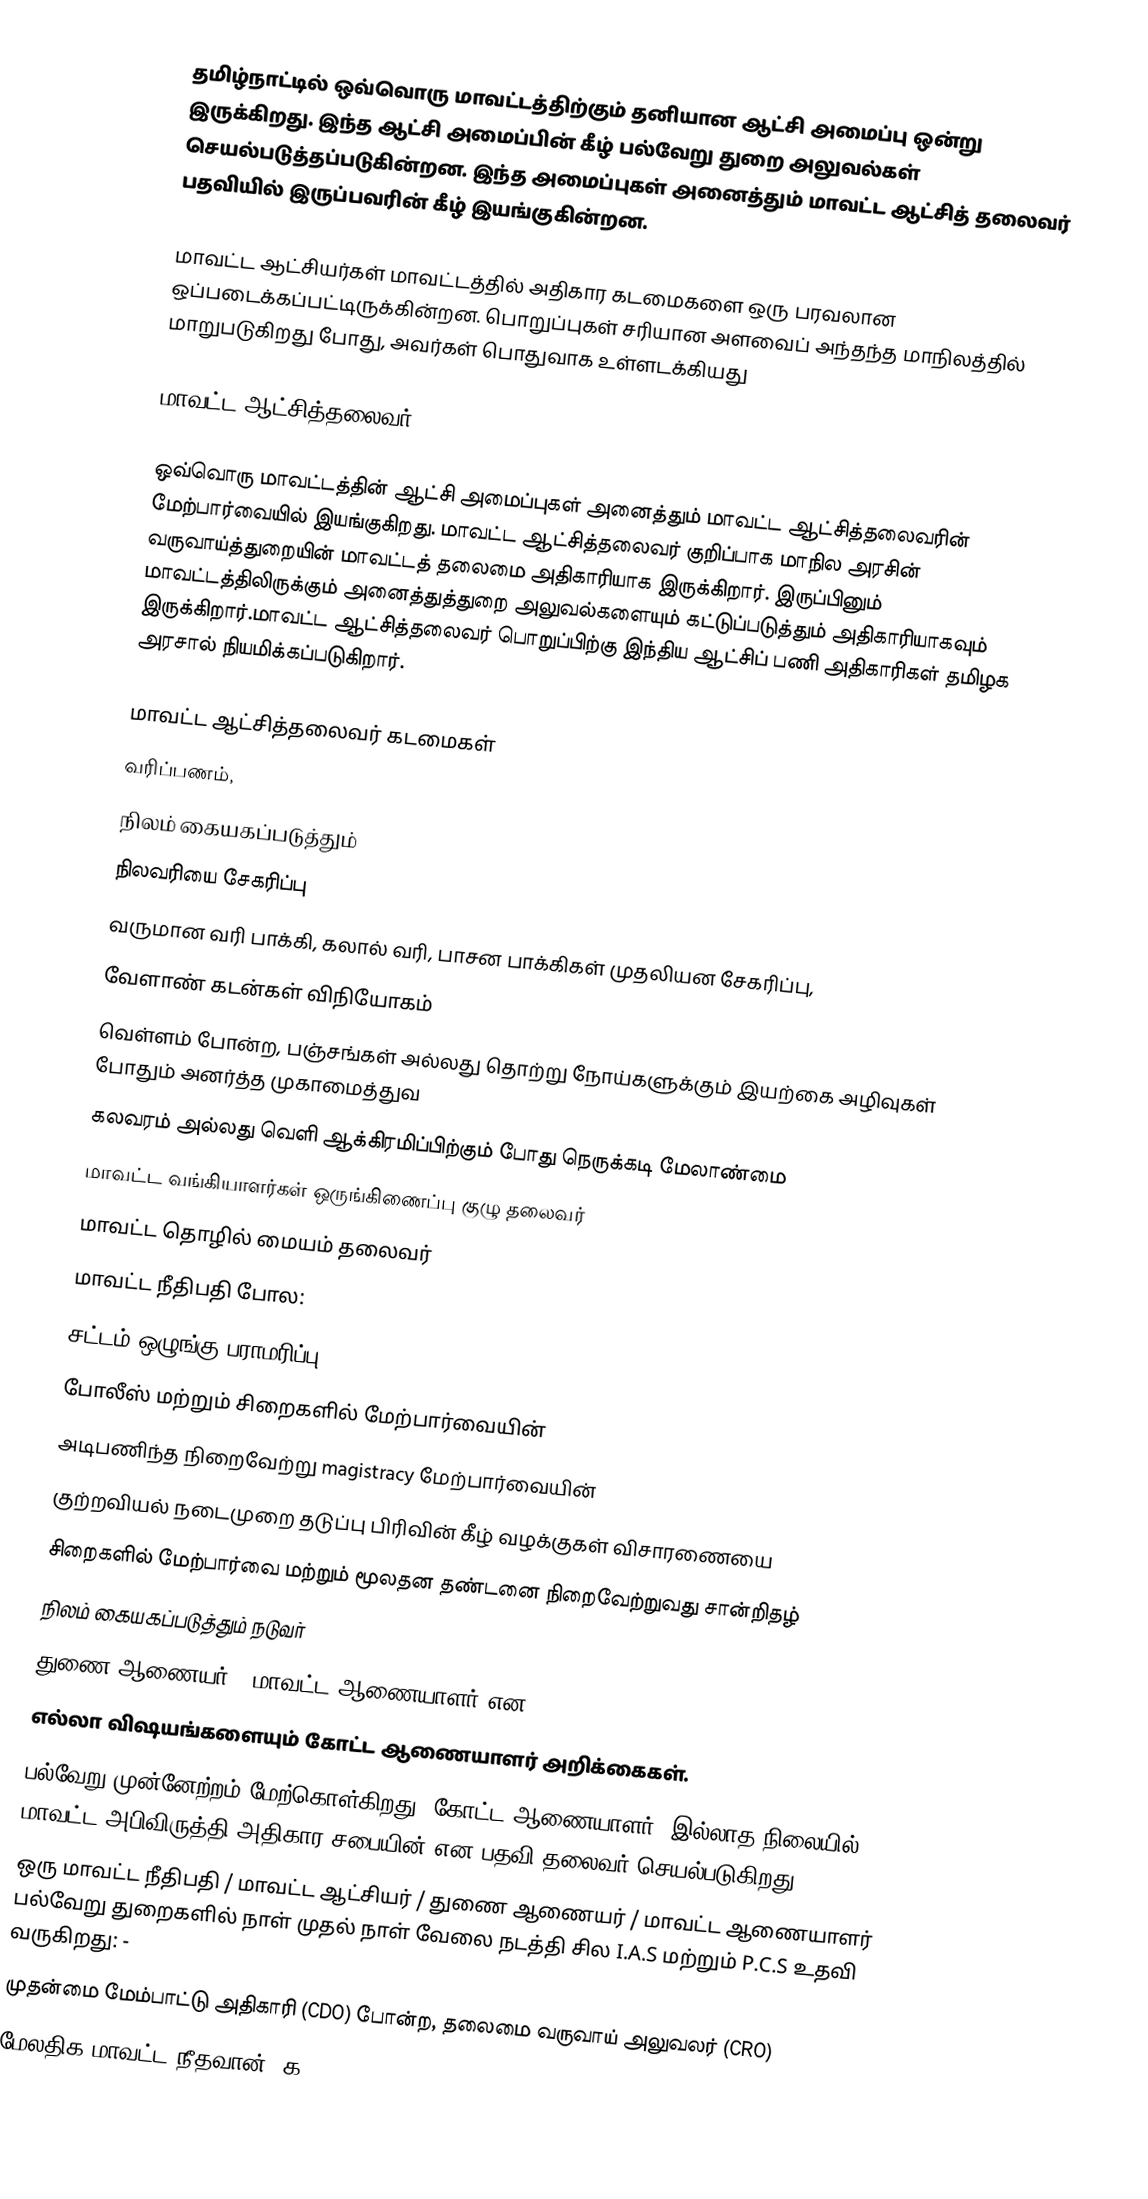
தமிழ்நாட்டில் ஒவ்வொரு மாவட்டத்திற்கும் தனியான ஆட்சி அமைப்பு ஒன்று இருக்கிறது. இந்த ஆட்சி அமைப்பின் கீழ் பல்வேறு துறை அலுவல்கள் செயல்படுத்தப்படுகின்றன. இந்த அமைப்புகள் அனைத்தும் மாவட்ட ஆட்சித் தலைவர் பதவியில் இருப்பவரின் கீழ் இயங்குகின்றன.

மாவட்ட ஆட்சியர்கள் மாவட்டத்தில் அதிகார கடமைகளை ஒரு பரவலான ஒப்படைக்கப்பட்டிருக்கின்றன. பொறுப்புகள் சரியான அளவைப் அந்தந்த மாநிலத்தில் மாறுபடுகிறது போது, அவர்கள் பொதுவாக உள்ளடக்கியது

மாவட்ட ஆட்சித்தலைவர்

ஒவ்வொரு மாவட்டத்தின் ஆட்சி அமைப்புகள் அனைத்தும் மாவட்ட ஆட்சித்தலைவரின் மேற்பார்வையில் இயங்குகிறது. மாவட்ட ஆட்சித்தலைவர் குறிப்பாக மாநில அரசின் வருவாய்த்துறையின் மாவட்டத் தலைமை அதிகாரியாக இருக்கிறார். இருப்பினும் மாவட்டத்திலிருக்கும் அனைத்துத்துறை அலுவல்களையும் கட்டுப்படுத்தும் அதிகாரியாகவும் இருக்கிறார்.மாவட்ட ஆட்சித்தலைவர் பொறுப்பிற்கு இந்திய ஆட்சிப் பணி அதிகாரிகள் தமிழக அரசால் நியமிக்கப்படுகிறார்.

மாவட்ட ஆட்சித்தலைவர்  கடமைகள்
வரிப்பணம்,
நிலம் கையகப்படுத்தும்
நிலவரியை சேகரிப்பு
வருமான வரி பாக்கி, கலால் வரி, பாசன பாக்கிகள் முதலியன சேகரிப்பு,
வேளாண் கடன்கள் விநியோகம்
வெள்ளம் போன்ற, பஞ்சங்கள் அல்லது தொற்று நோய்களுக்கும் இயற்கை அழிவுகள் போதும் அனர்த்த முகாமைத்துவ
கலவரம் அல்லது வெளி ஆக்கிரமிப்பிற்கும் போது நெருக்கடி மேலாண்மை
மாவட்ட வங்கியாளர்கள் ஒருங்கிணைப்பு குழு தலைவர்
மாவட்ட தொழில் மையம் தலைவர்
மாவட்ட நீதிபதி போல:
சட்டம் ஒழுங்கு பராமரிப்பு
போலீஸ் மற்றும் சிறைகளில் மேற்பார்வையின்
அடிபணிந்த நிறைவேற்று magistracy மேற்பார்வையின்
குற்றவியல் நடைமுறை தடுப்பு பிரிவின் கீழ் வழக்குகள் விசாரணையை
சிறைகளில் மேற்பார்வை மற்றும் மூலதன தண்டனை நிறைவேற்றுவது சான்றிதழ்
நிலம் கையகப்படுத்தும் நடுவர்
துணை ஆணையர் / மாவட்ட ஆணையாளர் என:
எல்லா விஷயங்களையும் கோட்ட ஆணையாளர் அறிக்கைகள்.
பல்வேறு முன்னேற்றம் மேற்கொள்கிறது. கோட்ட ஆணையாளர், இல்லாத நிலையில் மாவட்ட அபிவிருத்தி அதிகார சபையின் என பதவி தலைவர் செயல்படுகிறது.
ஒரு மாவட்ட நீதிபதி / மாவட்ட ஆட்சியர் / துணை ஆணையர் / மாவட்ட ஆணையாளர் பல்வேறு துறைகளில் நாள் முதல் நாள் வேலை நடத்தி சில I.A.S மற்றும் P.C.S உதவி வருகிறது: -
முதன்மை மேம்பாட்டு அதிகாரி (CDO) போன்ற, தலைமை வருவாய் அலுவலர் (CRO)
மேலதிக மாவட்ட நீதவான் (க